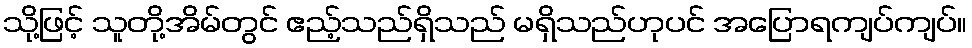
သို့ဖြင့် သူတို့အိမ်တွင် ဧည့်သည်ရှိသည် မရှိသည်ဟုပင် အပြောရကျပ်ကျပ်။